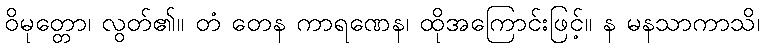
ဝိမုတ္တော၊ လွတ်၏။ တံ တေန ကာရဏေန၊ ထိုအကြောင်းဖြင့်။ န မနသာကာသိ၊